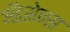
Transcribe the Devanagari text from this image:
ॲडसेन्स